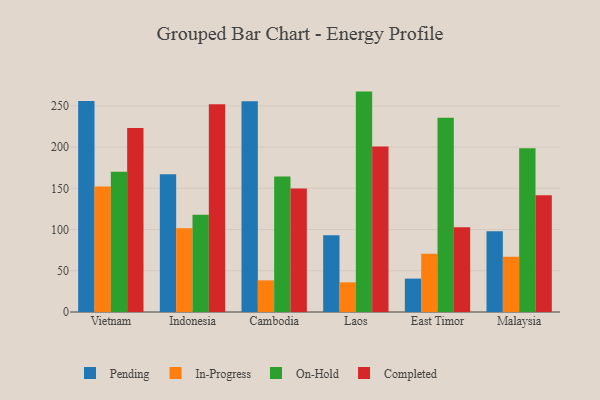
{"axis": {"x": "Country", "y": "Headcount"}, "legend": ["Completed", "In-Progress", "On-Hold", "Pending"], "data": [{"x": "Vietnam", "y": 255.9, "type": "Pending"}, {"x": "Vietnam", "y": 152.3, "type": "In-Progress"}, {"x": "Vietnam", "y": 170.1, "type": "On-Hold"}, {"x": "Vietnam", "y": 223.1, "type": "Completed"}, {"x": "Indonesia", "y": 167.1, "type": "Pending"}, {"x": "Indonesia", "y": 101.6, "type": "In-Progress"}, {"x": "Indonesia", "y": 117.9, "type": "On-Hold"}, {"x": "Indonesia", "y": 252.1, "type": "Completed"}, {"x": "Cambodia", "y": 255.6, "type": "Pending"}, {"x": "Cambodia", "y": 38.4, "type": "In-Progress"}, {"x": "Cambodia", "y": 164.4, "type": "On-Hold"}, {"x": "Cambodia", "y": 149.8, "type": "Completed"}, {"x": "Laos", "y": 93.1, "type": "Pending"}, {"x": "Laos", "y": 36.0, "type": "In-Progress"}, {"x": "Laos", "y": 267.3, "type": "On-Hold"}, {"x": "Laos", "y": 200.7, "type": "Completed"}, {"x": "East Timor", "y": 40.5, "type": "Pending"}, {"x": "East Timor", "y": 70.6, "type": "In-Progress"}, {"x": "East Timor", "y": 235.6, "type": "On-Hold"}, {"x": "East Timor", "y": 102.9, "type": "Completed"}, {"x": "Malaysia", "y": 98.0, "type": "Pending"}, {"x": "Malaysia", "y": 67.1, "type": "In-Progress"}, {"x": "Malaysia", "y": 198.5, "type": "On-Hold"}, {"x": "Malaysia", "y": 141.6, "type": "Completed"}]}